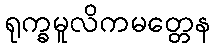
ရုက္ခမူလိကမတ္တေန